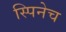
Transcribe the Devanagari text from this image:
स्पिनेच